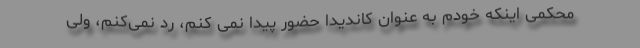
محکمی اینکه خودم به عنوان کاندیدا حضور پیدا نمی کنم، رد نمی‌کنم، ولی